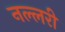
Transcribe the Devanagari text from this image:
नल्लरी